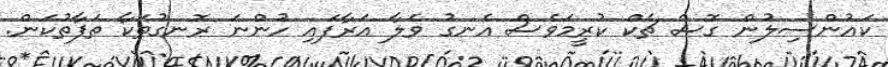
ކައުންސިލުން ގޮސް ޗެކް ކުރީމަވެސް އެނގުު ވެލާ އަރާފައި ހުންނަ ރޮނގުތަކާ ތަފާތުކަން.